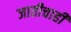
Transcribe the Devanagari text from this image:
जातीचाही